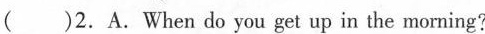
( )2.A.When do you get up in the morning?